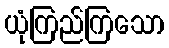
ယုံကြည်ကြသော